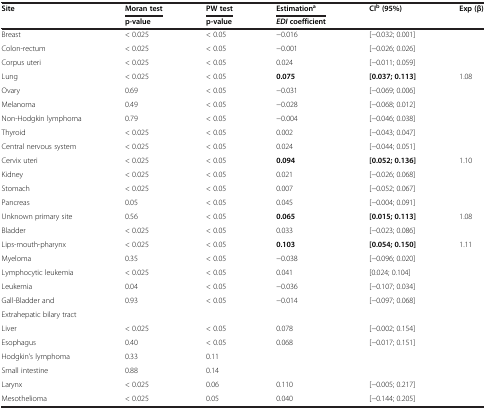
<table><thead><tr><td><b>Site</b></td><td><b>Moran test</b></td><td><b>PW test</b></td><td><b>Estimation<sup>a</sup></b></td><td><b>CI<sup>b </sup>(95%)</b></td><td><b>Exp (β)</b></td></tr><tr><td><b> </b></td><td><b>p-value</b></td><td><b>p-value</b></td><td><b><i>EDI </i>coefficient</b></td><td><b> </b></td><td><b> </b></td></tr></thead><tbody><tr><td>Breast</td><td>&lt; 0.025</td><td>&lt; 0.05</td><td>-0.016</td><td>[-0.032; 0.001]</td><td> </td></tr><tr><td>Colon-rectum</td><td>&lt; 0.025</td><td>&lt; 0.05</td><td>-0.001</td><td>[-0.026; 0.026]</td><td> </td></tr><tr><td>Corpus uteri</td><td>&lt; 0.025</td><td>&lt; 0.05</td><td>0.024</td><td>[-0.011; 0.059]</td><td> </td></tr><tr><td>Lung</td><td>&lt; 0.025</td><td>&lt; 0.05</td><td><b>0.075</b></td><td><b>[0.037; </b><b>0.113]</b></td><td>1.08</td></tr><tr><td>Ovary</td><td>0.69</td><td>&lt; 0.05</td><td>-0.031</td><td>[-0.069; 0.006]</td><td> </td></tr><tr><td>Melanoma</td><td>0.49</td><td>&lt; 0.05</td><td>-0.028</td><td>[-0.068; 0.012]</td><td> </td></tr><tr><td>Non-Hodgkin lymphoma</td><td>0.79</td><td>&lt; 0.05</td><td>-0.004</td><td>[-0.046; 0.038]</td><td> </td></tr><tr><td>Thyroid</td><td>&lt; 0.025</td><td>&lt; 0.05</td><td>0.002</td><td>[-0.043; 0.047]</td><td> </td></tr><tr><td>Central nervous system</td><td>&lt; 0.025</td><td>&lt; 0.05</td><td>0.024</td><td>[-0.044; 0.051]</td><td> </td></tr><tr><td>Cervix uteri</td><td>&lt; 0.025</td><td>&lt; 0.05</td><td><b>0.094</b></td><td><b>[0.052; </b><b>0.136]</b></td><td>1.10</td></tr><tr><td>Kidney</td><td>&lt; 0.025</td><td>&lt; 0.05</td><td>0.021</td><td>[-0.026; 0.068]</td><td> </td></tr><tr><td>Stomach</td><td>&lt; 0.025</td><td>&lt; 0.05</td><td>0.007</td><td>[-0.052; 0.067]</td><td> </td></tr><tr><td>Pancreas</td><td>0.05</td><td>&lt; 0.05</td><td>0.045</td><td>[-0.004; 0.091]</td><td> </td></tr><tr><td>Unknown primary site</td><td>0.56</td><td>&lt; 0.05</td><td><b>0.065</b></td><td><b>[0.015; </b><b>0.113]</b></td><td>1.08</td></tr><tr><td>Bladder</td><td>&lt; 0.025</td><td>&lt; 0.05</td><td>0.033</td><td>[-0.023; 0.086]</td><td> </td></tr><tr><td>Lips-mouth-pharynx</td><td>&lt; 0.025</td><td>&lt; 0.05</td><td><b>0.103</b></td><td><b>[0.054; </b><b>0.150]</b></td><td>1.11</td></tr><tr><td>Myeloma</td><td>0.35</td><td>&lt; 0.05</td><td>-0.038</td><td>[-0.096; 0.020]</td><td> </td></tr><tr><td>Lymphocytic leukemia</td><td>&lt; 0.025</td><td>&lt; 0.05</td><td>0.041</td><td>[0.024; 0.104]</td><td> </td></tr><tr><td>Leukemia</td><td>0.04</td><td>&lt; 0.05</td><td>-0.036</td><td>[-0.107; 0.034]</td><td> </td></tr><tr><td>Gall-Bladder and</td><td>0.93</td><td>&lt; 0.05</td><td>-0.014</td><td>[-0.097; 0.068]</td><td> </td></tr><tr><td>Extrahepatic bilary tract</td><td> </td><td> </td><td> </td><td> </td><td> </td></tr><tr><td>Liver</td><td>&lt; 0.025</td><td>&lt; 0.05</td><td>0.078</td><td>[-0.002; 0.154]</td><td> </td></tr><tr><td>Esophagus</td><td>0.40</td><td>&lt; 0.05</td><td>0.068</td><td>[-0.017; 0.151]</td><td> </td></tr><tr><td>Hodgkin’s lymphoma</td><td>0.33</td><td>0.11</td><td> </td><td> </td><td> </td></tr><tr><td>Small intestine</td><td>0.88</td><td>0.14</td><td> </td><td> </td><td> </td></tr><tr><td>Larynx</td><td>&lt; 0.025</td><td>0.06</td><td>0.110</td><td>[-0.005; 0.217]</td><td> </td></tr><tr><td>Mesothelioma</td><td>&lt; 0.025</td><td>0.05</td><td>0.040</td><td>[-0.144; 0.205]</td><td> </td></tr></tbody></table>